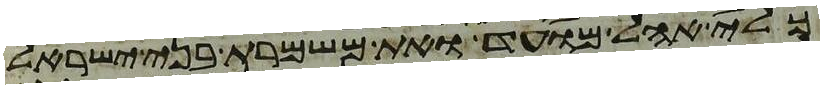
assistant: כלי אהל מועד ואת משמרת בני ישראל